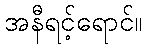
အနီရင့်ရောင်။